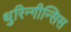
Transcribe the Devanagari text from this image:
थुरिन्गीन्सिस